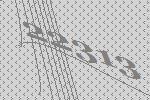
22313